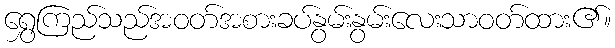
ရွှေကြည်သည်အဝတ်အစားခပ်နွမ်းနွမ်းလေးသာဝတ်ထား၏။